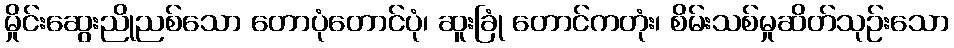
မှိုင်းဆွေးညိုညစ်သော တောပုံတောင်ပုံ၊ ဆူးခြုံ တောင်ကတုံး၊ စိမ်းသစ်မှုဆိတ်သုဉ်းသော